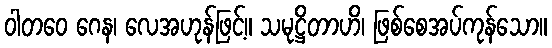
ဝါတဝေ ဂေန၊ လေအဟုန်ဖြင့်။ သမုဋ္ဌိတာဟိ၊ ဖြစ်စေအပ်ကုန်သော။